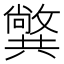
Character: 𠔷